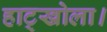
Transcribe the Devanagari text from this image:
हाट्खोला।